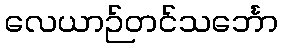
လေယာဉ်တင်သင်္ဘော